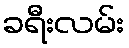
ခရီးလမ်း